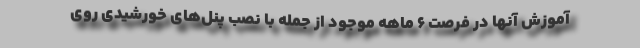
آموزش آنها در فرصت ۶ ماهه‌ موجود از جمله با نصب پنل‌های خورشیدی روی